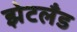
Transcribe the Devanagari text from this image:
झेटलँड